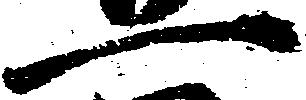
一